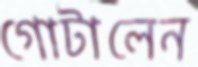
গোটালেন